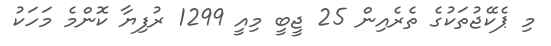
މި ޕެކޭޖުތަކުގެ ތެރެއިން 25 ޖީބީ މިއީ 1299 ރުފިޔާ ކޮންމެ މަހަކު